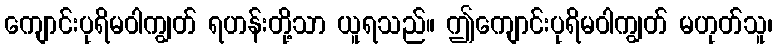
ကျောင်းပုရိမဝါကျွတ် ရဟန်းတို့သာ ယူရသည်။ ဤကျောင်းပုရိမဝါကျွတ် မဟုတ်သူ၊